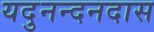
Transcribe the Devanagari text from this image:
यदुनन्दनदास